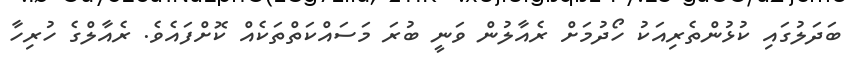
ބަދަލުގައި ކުޅުންތެރިއަކު ހޯދުމަށް ރެއާލުން ވަނީ ބުރަ މަސައްކަތްތަކެއް ކޮށްފައެވެ. ރެއާލްގެ ހުރިހާ